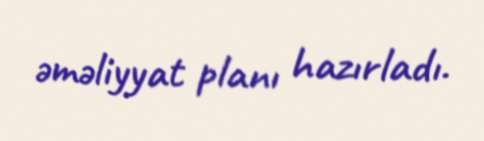
əməliyyat planı hazırladı.